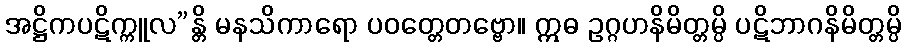
အဋ္ဌိကပဋိက္ကူလ”န္တိ မနသိကာရော ပဝတ္တေတဗ္ဗော။ ဣဓ ဥဂ္ဂဟနိမိတ္တမ္ပိ ပဋိဘာဂနိမိတ္တမ္ပိ